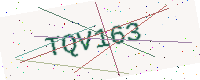
Text: TQV163